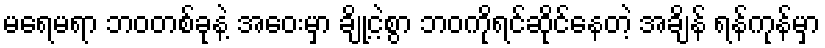
မရေမရာ ဘဝတစ်ခုနဲ့ အဝေးမှာ ချို့ငဲ့စွာ ဘဝကိုရင်ဆိုင်နေတဲ့ အချိန် ရန်ကုန်မှာ